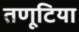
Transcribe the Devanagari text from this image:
तणूटिया